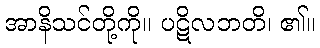
အာနိသင်တို့ကို။ ပဋိလဘတိ၊ ၏။